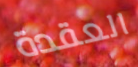
العقدة